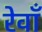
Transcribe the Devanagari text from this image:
रेवाँ